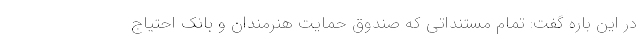
در این باره گفت: تمام مستنداتی که صندوق حمایت هنرمندان و بانک احتیاج